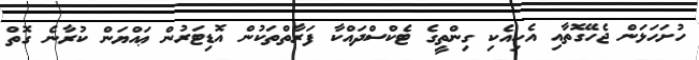
ހުށަހަޅަން ޖެހޭގޮތާއި އެކިއެކި ގިންތީގެ ޓެކްސްދައްކާ ފަރާތްތަކުން އޮޑިޓަރުން ޢައްޔަން ކުރާނެ ގޮތް